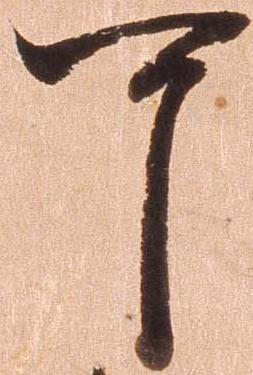
可